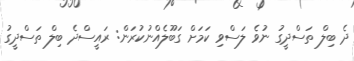
ދެ ބިލް ތަސްދީގު ނުވެ ލަސްވި ކަމަށް ގަބޫލެއްނުކުރަން: ރައީސްދެ ބިލް ތަސްދީގު